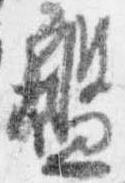
盤